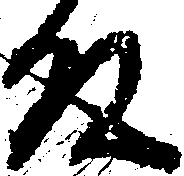
殿